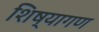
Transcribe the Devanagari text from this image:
शिष्यागण